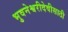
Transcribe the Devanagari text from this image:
भुवनेश्वरीदेवीसाठी